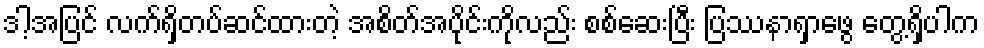
ဒါ့အပြင် လက်ရှိတပ်ဆင်ထားတဲ့ အစိတ်အပိုင်းကိုလည်း စစ်ဆေးပြီး ပြဿနာရှာဖွေ တွေ့ရှိပါက